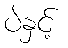
ပဲနှင့်